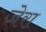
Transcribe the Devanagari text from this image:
जेरा